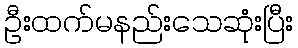
ဦးထက်မနည်းသေဆုံးပြီး